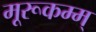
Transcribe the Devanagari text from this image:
मूरूकम्म्